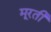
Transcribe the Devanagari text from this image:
मूरती